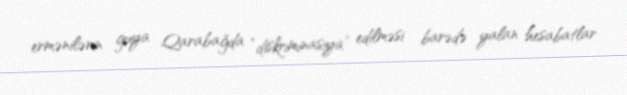
ermənilərin guya Qarabağda “diskriminasiya” edilməsi barədə yalan hesabatlar